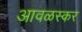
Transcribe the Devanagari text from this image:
आवळस्कर